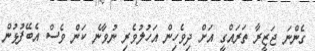
ގެންނަ ޖަޒީރާ ތަރައްގީ އަށް ދިވެހިން އަހުލުވެރި ނުވާނެ ކަން ވެސް އެބޭފުޅުން